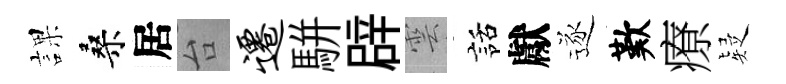
課桑居台迁駢辟雲話獻逐歎療疑